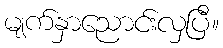
မျက်နှာညောင်းလှပြီ။